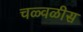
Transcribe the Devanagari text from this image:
चळ्वळीस